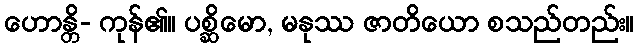
ဟောန္တိ- ကုန်၏။ ပစ္ဆိမော, မနုဿ ဇာတိယော စသည်တည်း။